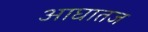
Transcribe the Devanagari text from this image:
आघातज